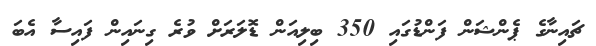
ޗައިނާގެ ޕެންޝަން ފަންޑުގައި 350 ބިލިއަން ޑޮލަރަށް ވުރެ ގިނައިން ފައިސާ އެބަ